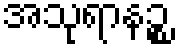
အသုရာနဉ္စ